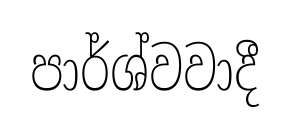
පාර්ශ්වවාදී